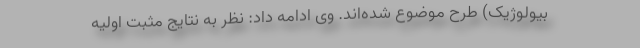
بیولوژیک) طرح موضوع شده‌‌اند. وی ادامه داد: نظر به نتایج مثبت اولیه